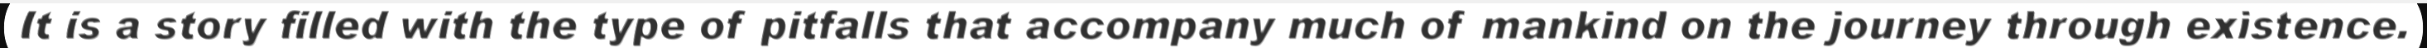
It is a story filled with the type of pitfalls that accompany much of mankind on the journey through existence.